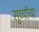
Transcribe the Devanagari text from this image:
सुर्व्यांचा